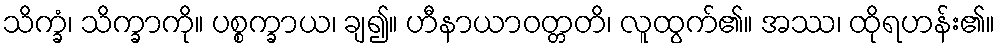
သိက္ခံ၊ သိက္ခာကို။ ပစ္စက္ခာယ၊ ချ၍။ ဟီနာယာဝတ္တတိ၊ လူထွက်၏။ အဿ၊ ထိုရဟန်း၏။